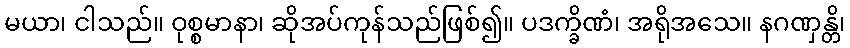
မယာ၊ ငါသည်။ ဝုစ္စမာနာ၊ ဆိုအပ်ကုန်သည်ဖြစ်၍။ ပဒက္ခိဏံ၊ အရိုအသေ။ နဂဏှန္တိ၊